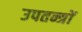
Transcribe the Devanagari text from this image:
उपतन्त्रों